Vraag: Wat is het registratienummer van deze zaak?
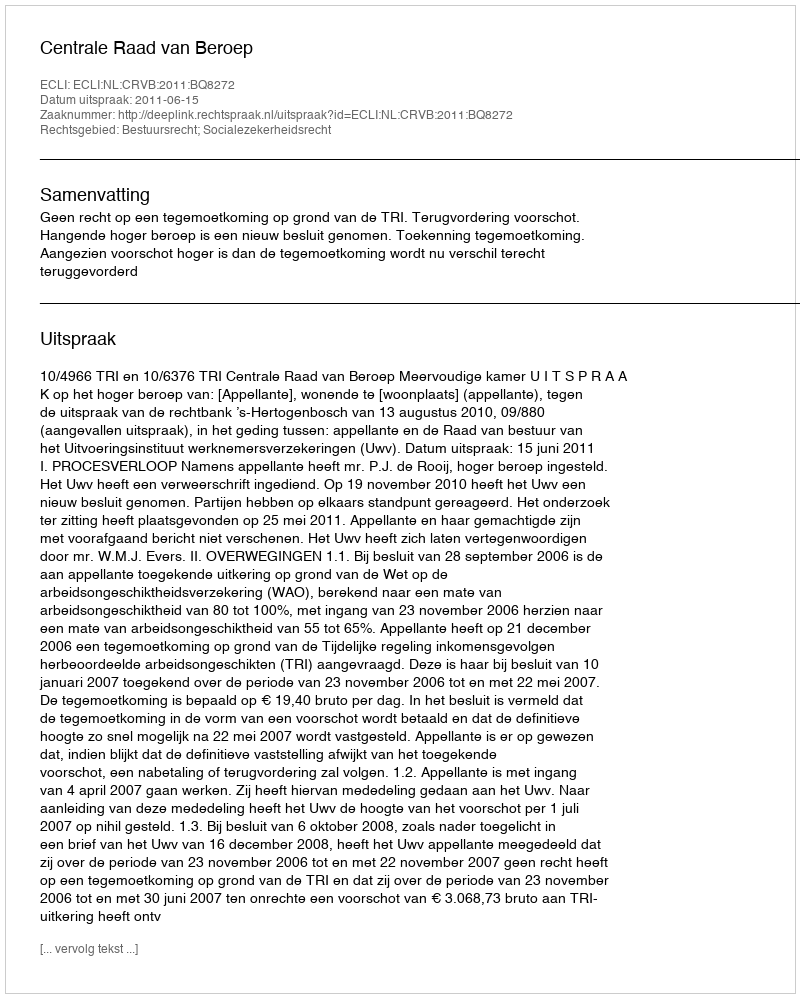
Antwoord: http://deeplink.rechtspraak.nl/uitspraak?id=ECLI:NL:CRVB:2011:BQ8272